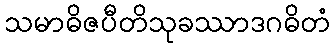
သမာဓိဇပီတိသုခဿာဒဂဓိတံ